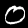
Digit: 0